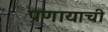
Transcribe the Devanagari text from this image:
प्रणायाची